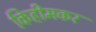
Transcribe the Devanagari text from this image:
किहीमकर